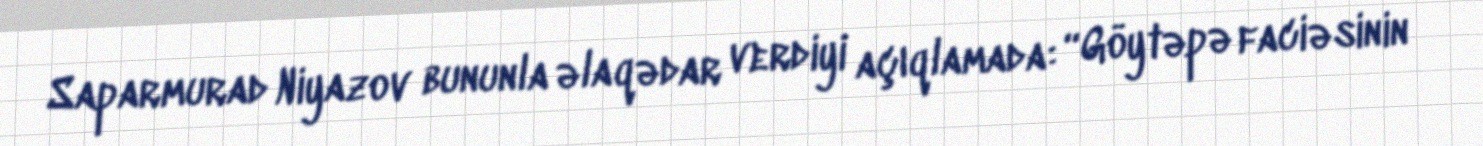
Saparmurad Niyazov bununla əlaqədar verdiyi açıqlamada: “Göytəpə faciəsinin